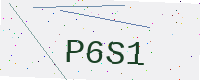
Text: P6S1